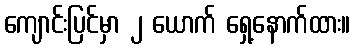
ကျောင်းပြင်မှာ ၂ ယောက် ရှေ့နောက်ထား။